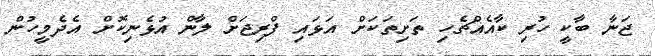
ޖަނާ ބާކީ ހުރި ކާއެއްޗެހި ތަށިތަކަށް އަޅައި ފްރިޖަށް ލާން އުޅެނިކޮށް އެދެމީހުން